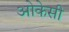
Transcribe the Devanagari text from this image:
ओकेसी